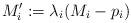
LaTeX: \begin{align*} M_i':=\lambda_i(M_i-p_i)\end{align*}